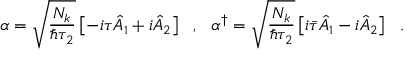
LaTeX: \alpha = \sqrt { \frac { N _ { k } } { \hbar \tau _ { 2 } } } \left[ - i \tau \hat { A } _ { 1 } + i \hat { A } _ { 2 } \right] \ \ , \ \ \alpha ^ { \dagger } = \sqrt { \frac { N _ { k } } { \hbar \tau _ { 2 } } } \left[ i \bar { \tau } \hat { A } _ { 1 } - i \hat { A } _ { 2 } \right] \ \ .